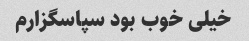
خیلی خوب بود سپاسگزارم